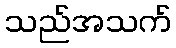
သည်အသက်